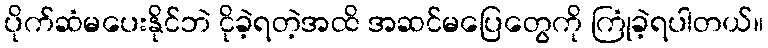
ပိုက်ဆံမပေးနိုင်ဘဲ ငိုခဲ့ရတဲ့အထိ အဆင်မပြေတွေကို ကြုံခဲ့ရပါတယ်။